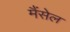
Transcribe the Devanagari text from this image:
मैंसेल